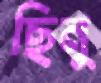
ছিনু